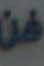
من